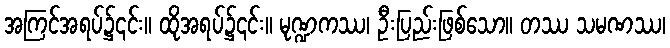
အကြင်အရပ်၌၎င်း။ ထိုအရပ်၌၎င်း။ မုဏ္ဍကဿ၊ ဦးပြည်းဖြစ်သော။ တဿ သမဏဿ၊